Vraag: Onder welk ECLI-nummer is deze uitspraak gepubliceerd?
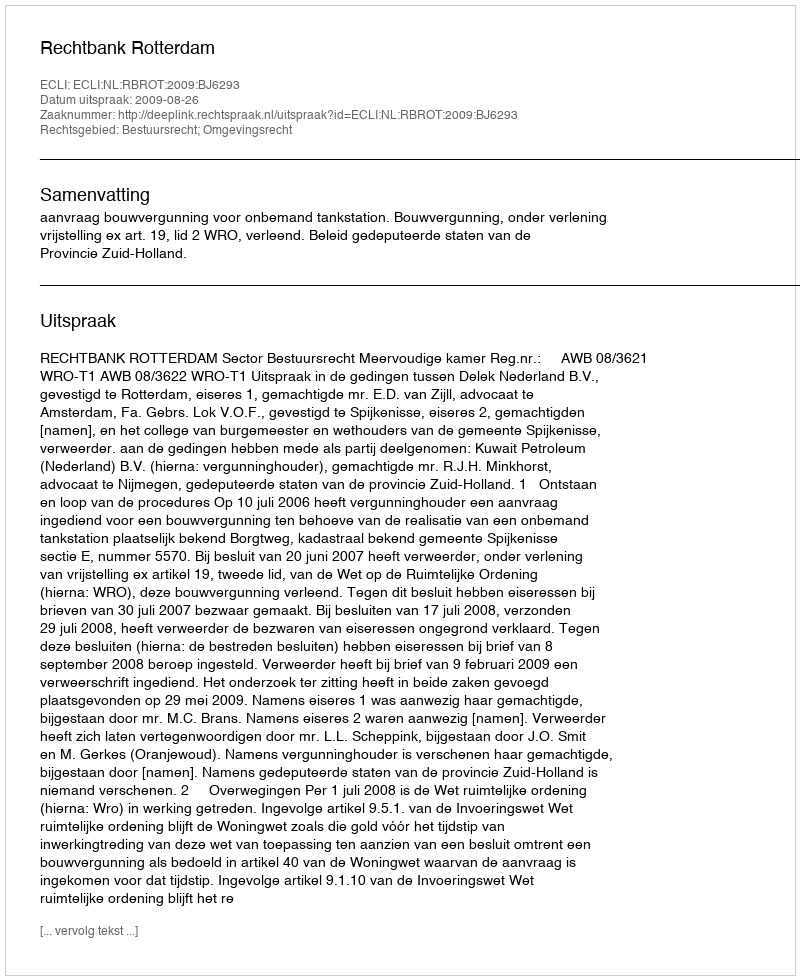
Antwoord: ECLI:NL:RBROT:2009:BJ6293